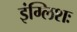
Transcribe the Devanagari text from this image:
इंग्लिशः